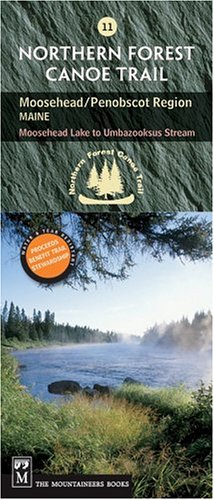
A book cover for Moosehead / Penobscot Region Maine: Moosehead Lake to Umbazooksus Stream (Northern Forest Canoe Trail); Staff of the Northern Forest Canoe Trail; Travel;